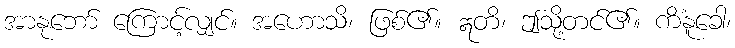
အာနုဘော် ကြောင့်လျှင်။ အဟောသိ၊ ဖြစ်၏။ ဣတိ၊ ဤသို့တင်၏။ ကိံနူခေါ၊